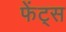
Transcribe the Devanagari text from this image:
फेंट्स